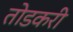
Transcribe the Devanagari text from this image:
तोडकरी